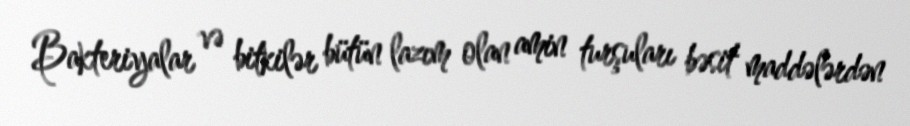
Bakteriyalar və bitkilər bütün lazım olan amin turşuları bəsit maddələrdən